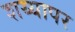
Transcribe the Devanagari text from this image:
शय्यापर